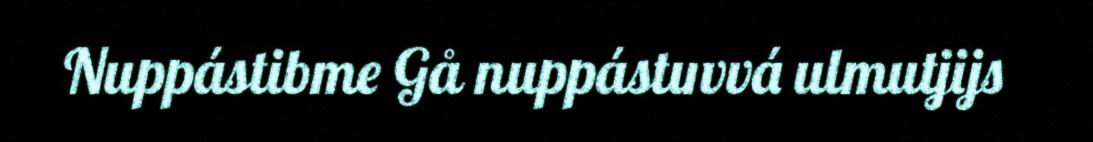
Nuppástibme Gå nuppástuvvá ulmutjijs